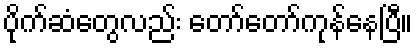
ပိုက်ဆံတွေလည်း တော်တော်ကုန်နေပြီ။